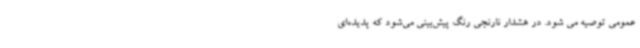
عمومی توصیه می شود. در هشدار نارنجی رنگ پیش‌بینی می‌شود که پدیده‌ای